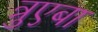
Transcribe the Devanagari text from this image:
त्रुएबा